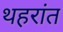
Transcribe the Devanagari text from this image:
थहरांत